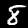
Digit: 8